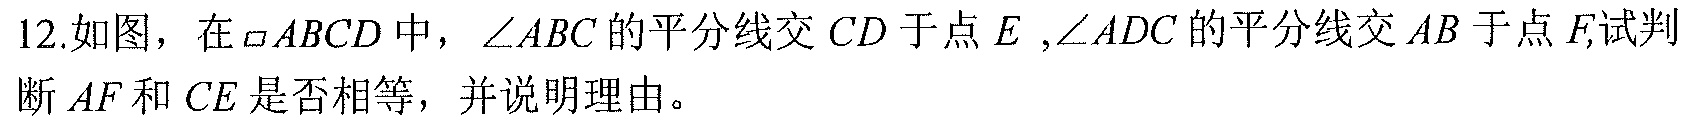
12.如图，在$\square ABCD$中，$\angle ABC$的平分线交$CD$于点$E$,$\angle ADC$的平分线交$AB$于点$F,$试判断$AF$和$CE$是否相等，并说明理由。